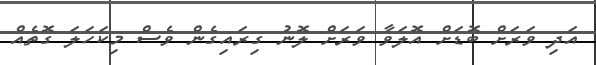
އަދި ވަރަށް ބޮޑަށް އޮލަވާ ވަރަށް ލޮނު ގިރައިގެން ވެސް މިކަހަލަ ގޮތެއް